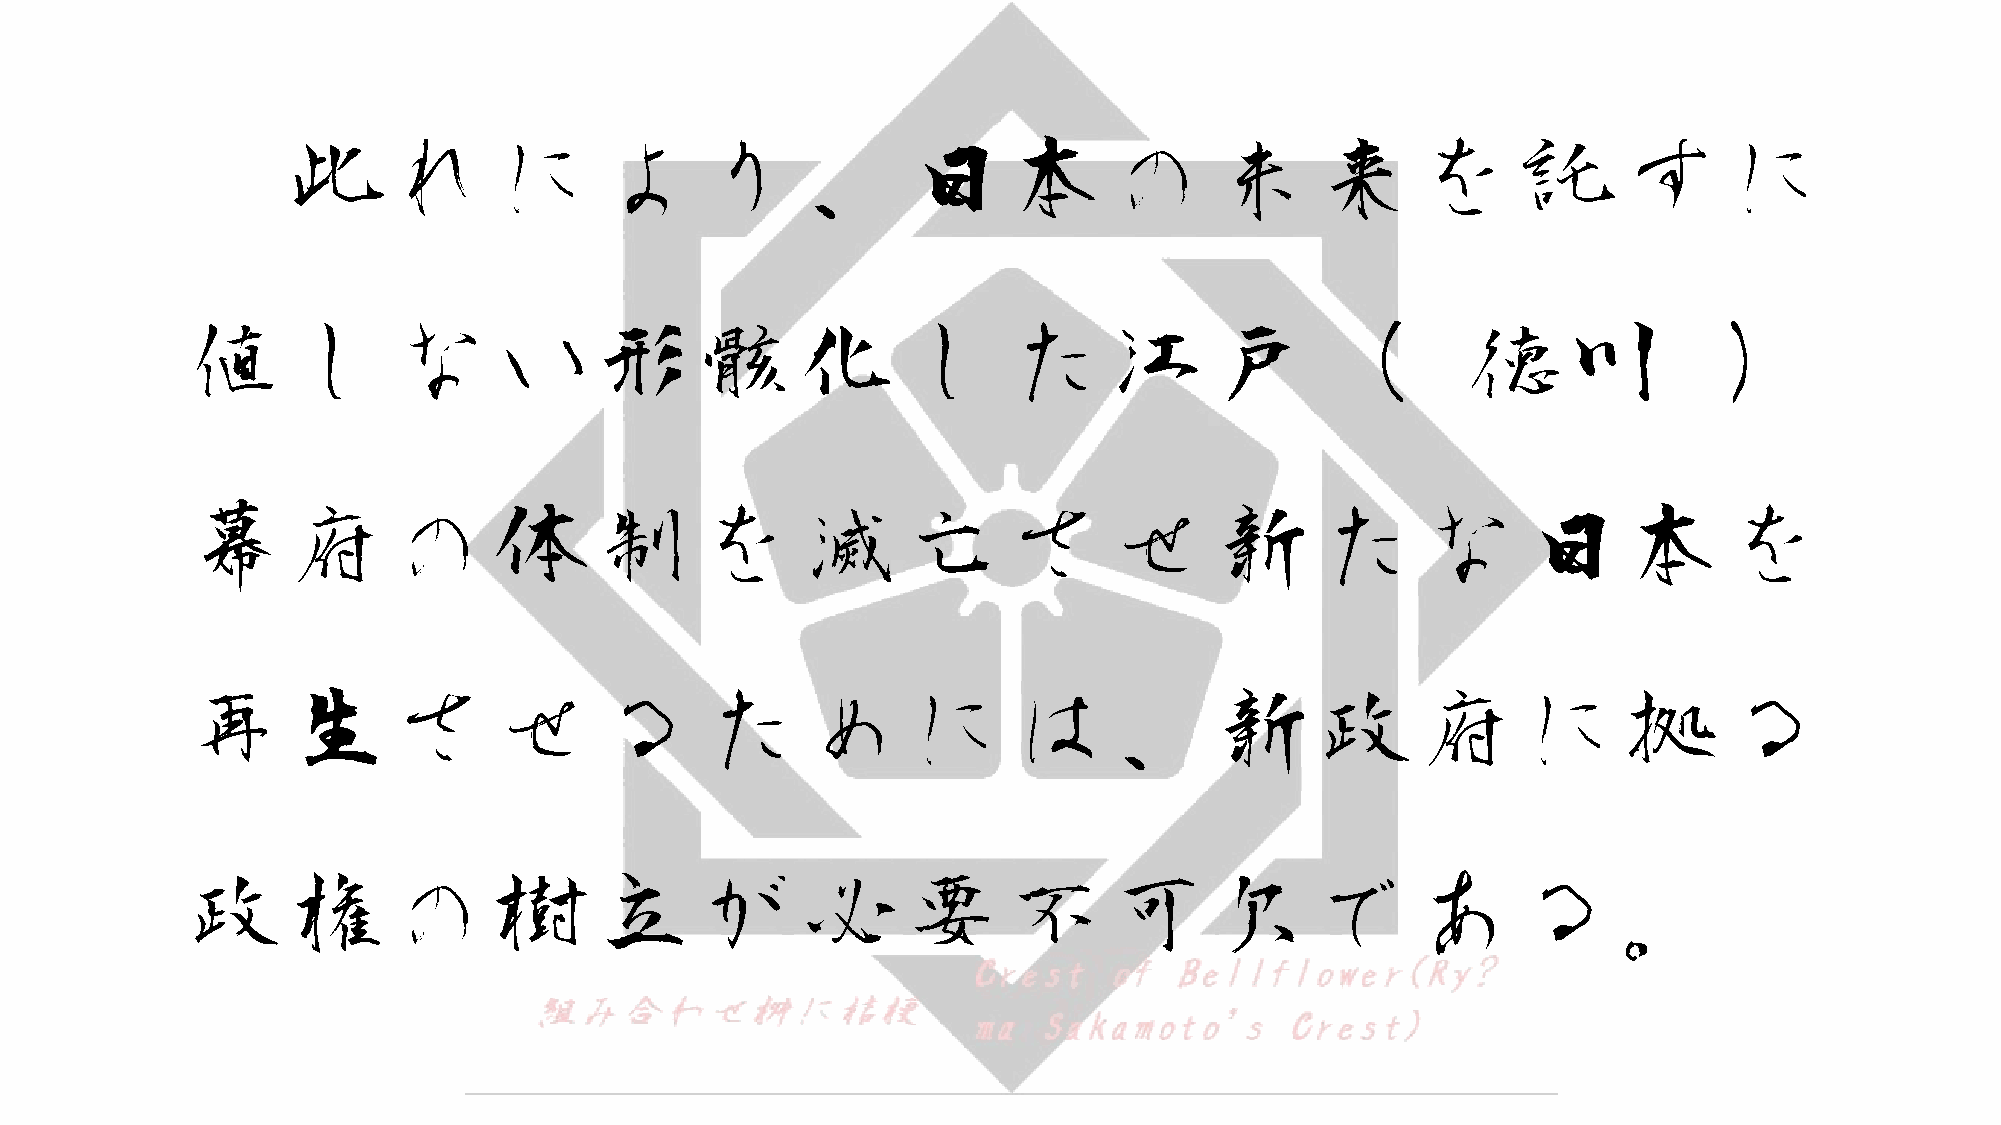
此れにより、日本の未来を託すに
 値しない形骸化した江戸（                                                                         徳川               ）
 幕府の体制を滅亡させ新たな日本を
 再生させるためには、新政府に拠る
 政権の樹立が必要不可欠である。